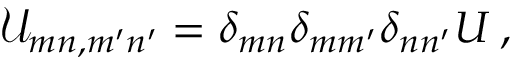
\mathcal U _ { m n , m ^ { \prime } n ^ { \prime } } = \delta _ { m n } \delta _ { m m ^ { \prime } } \delta _ { n n ^ { \prime } } U \: ,